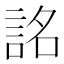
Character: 詺